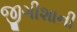
જીગીશાની